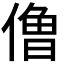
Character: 𰂬